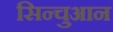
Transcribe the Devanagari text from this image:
सिन्चुआन